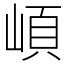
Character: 崸